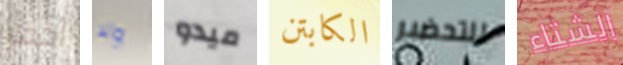
أحفر ولا ميدو الكابتن للتحضير الشتاء